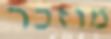
מוזכר